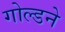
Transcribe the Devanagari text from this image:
गोल्डने